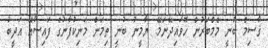
ޤާސިމް ބުނީ މެމްބަރުން ހޮވައިދޭނަމޭ. ޔާމީނު ބުނީ ތިމަން މަނިކުފާނުގެ ފައިސާއޭ އަދީބު